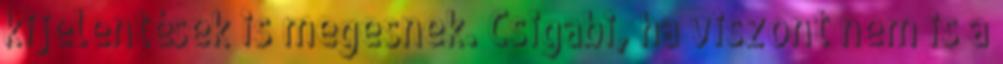
kijelentések is megesnek. Csigabi, ha viszont nem is a